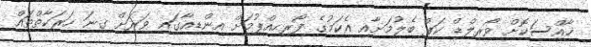
ޚާއްސަކޮށް ވޯރލްޑް ކަޕް ބެލުމަށާއި އެކަމުގެ ފޯރިހިއްޕުމަށް އިންޑިއާގައި ވަރަށް ގިނަ ހަރަކާތްތައް